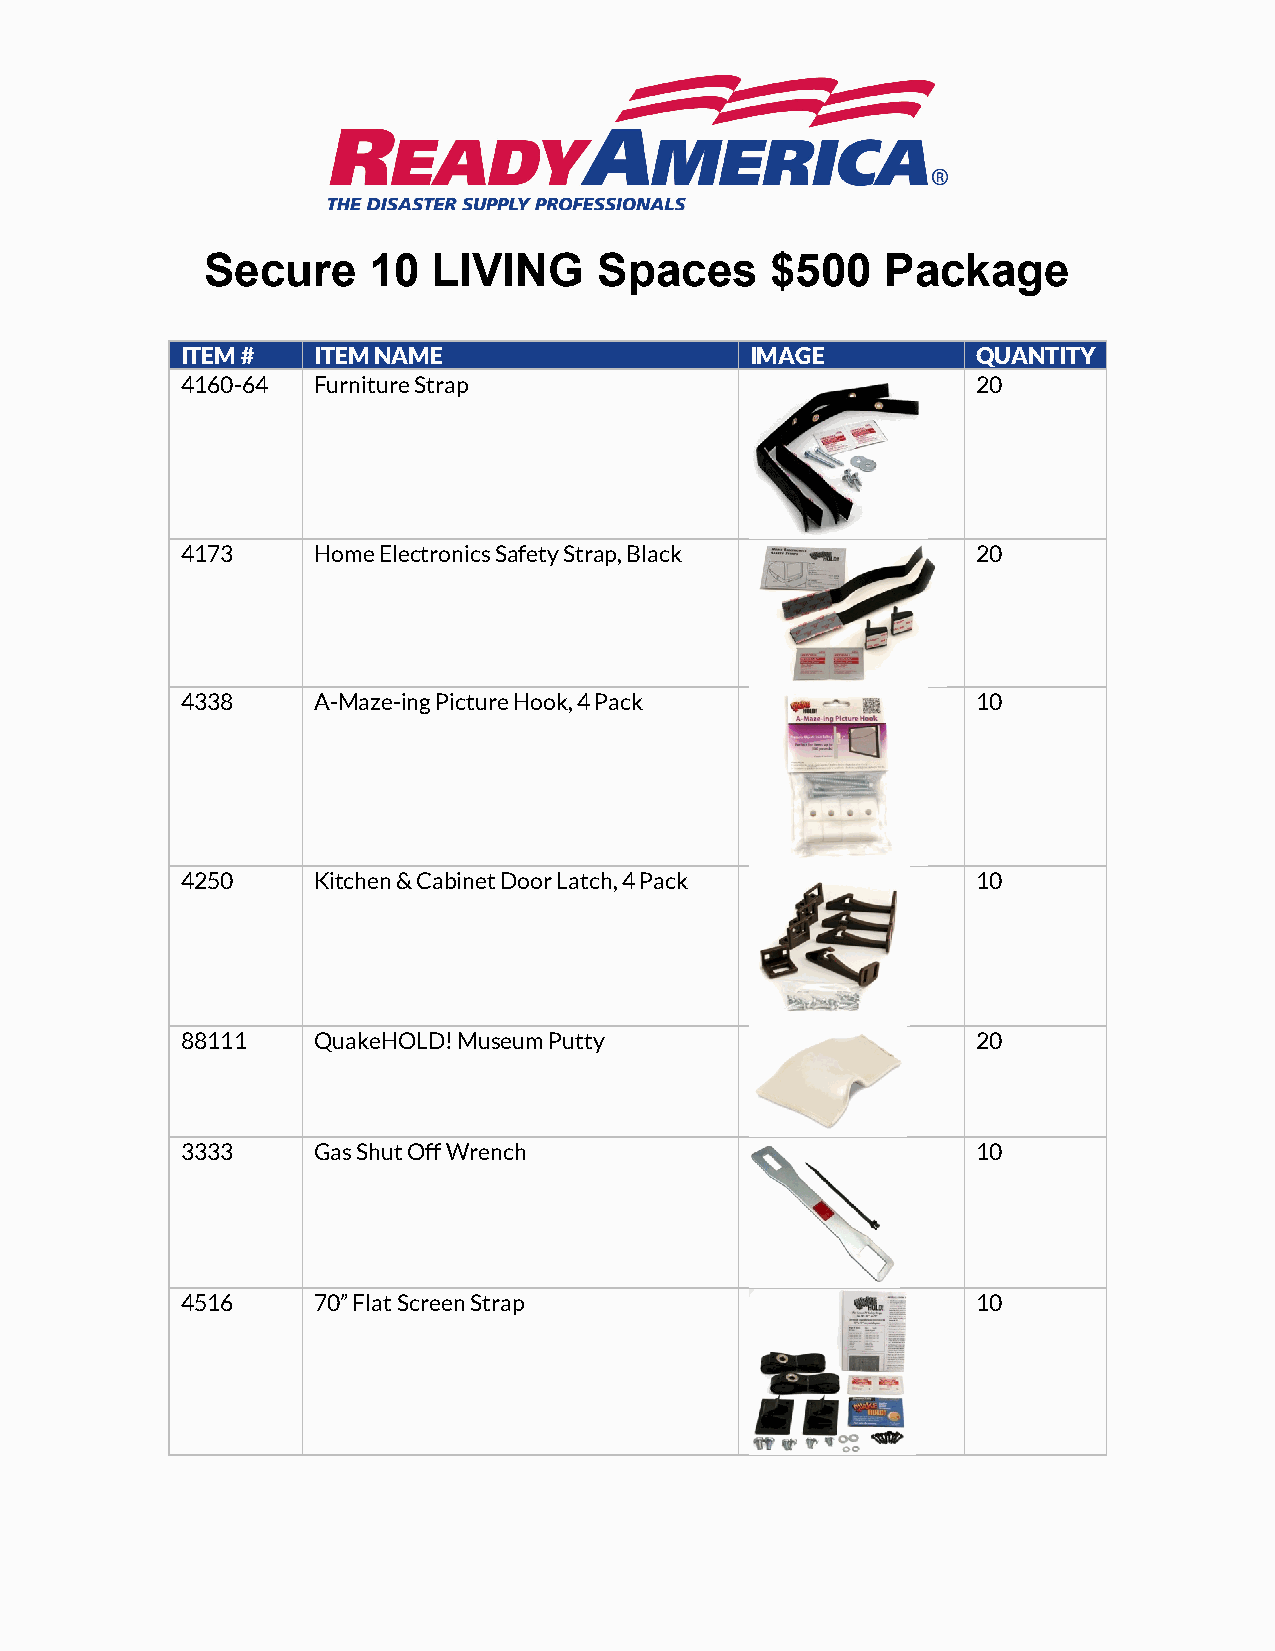
Secure    10   LIVING     Spaces     $500    Package
 ITEM #   ITEM NAME                    IMAGE          QUANTITY
 4160-64  Furniture Strap                             20
 4173     Home Electronics Safety Strap, Black        20
 4338     A-Maze-ing Picture Hook, 4 Pack             10
 4250     Kitchen & Cabinet Door Latch, 4 Pack        10
 88111    QuakeHOLD! Museum Putty                     20
 3333     Gas Shut Off Wrench                         10
 4516     70” Flat Screen Strap                       10